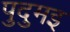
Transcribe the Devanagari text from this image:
पुदुमइ